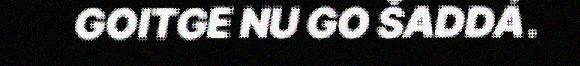
GOITGE NU GO ŠADDÁ.